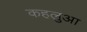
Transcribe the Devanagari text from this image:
कहलुआ